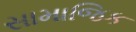
સામાજિક